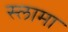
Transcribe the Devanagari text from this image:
स्लामा